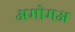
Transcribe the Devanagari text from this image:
अमोमअ